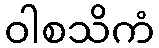
ဝါစသိကံ